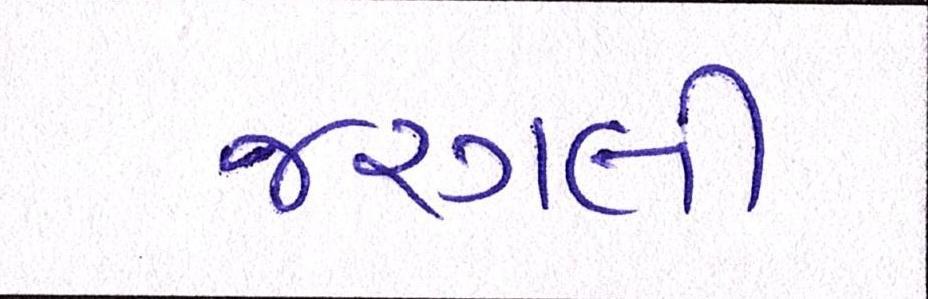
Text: જરગલી